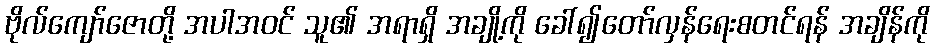
ဗိုလ်ကျော်ဇောတို့ အပါအဝင် သူ၏ အရာရှိ အချို့ကို ခေါ်၍တော်လှန်ရေးစတင်ရန် အချိန်ကို